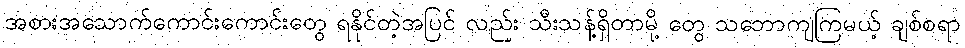
အစားအသောက်ကောင်းကောင်းတွေ ရနိုင်တဲ့အပြင် လည်း သီးသန့်ရှိတာမို့ တွေ သဘောကျကြမယ့် ချစ်စရာ